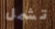
تشمل